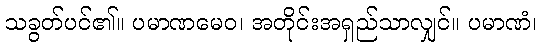
သခွတ်ပင်၏။ ပမာဏမေဝ၊ အတိုင်းအရှည်သာလျှင်။ ပမာဏံ၊